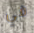
في